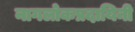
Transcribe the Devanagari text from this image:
नागलोकप्रदायिनी